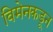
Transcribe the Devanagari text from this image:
विमेनकडून